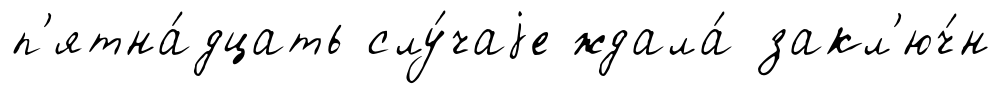
п'ятна́дцать слу́чаjе ждала́ закл'юч́н